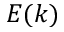
E ( k )